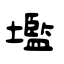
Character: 壏